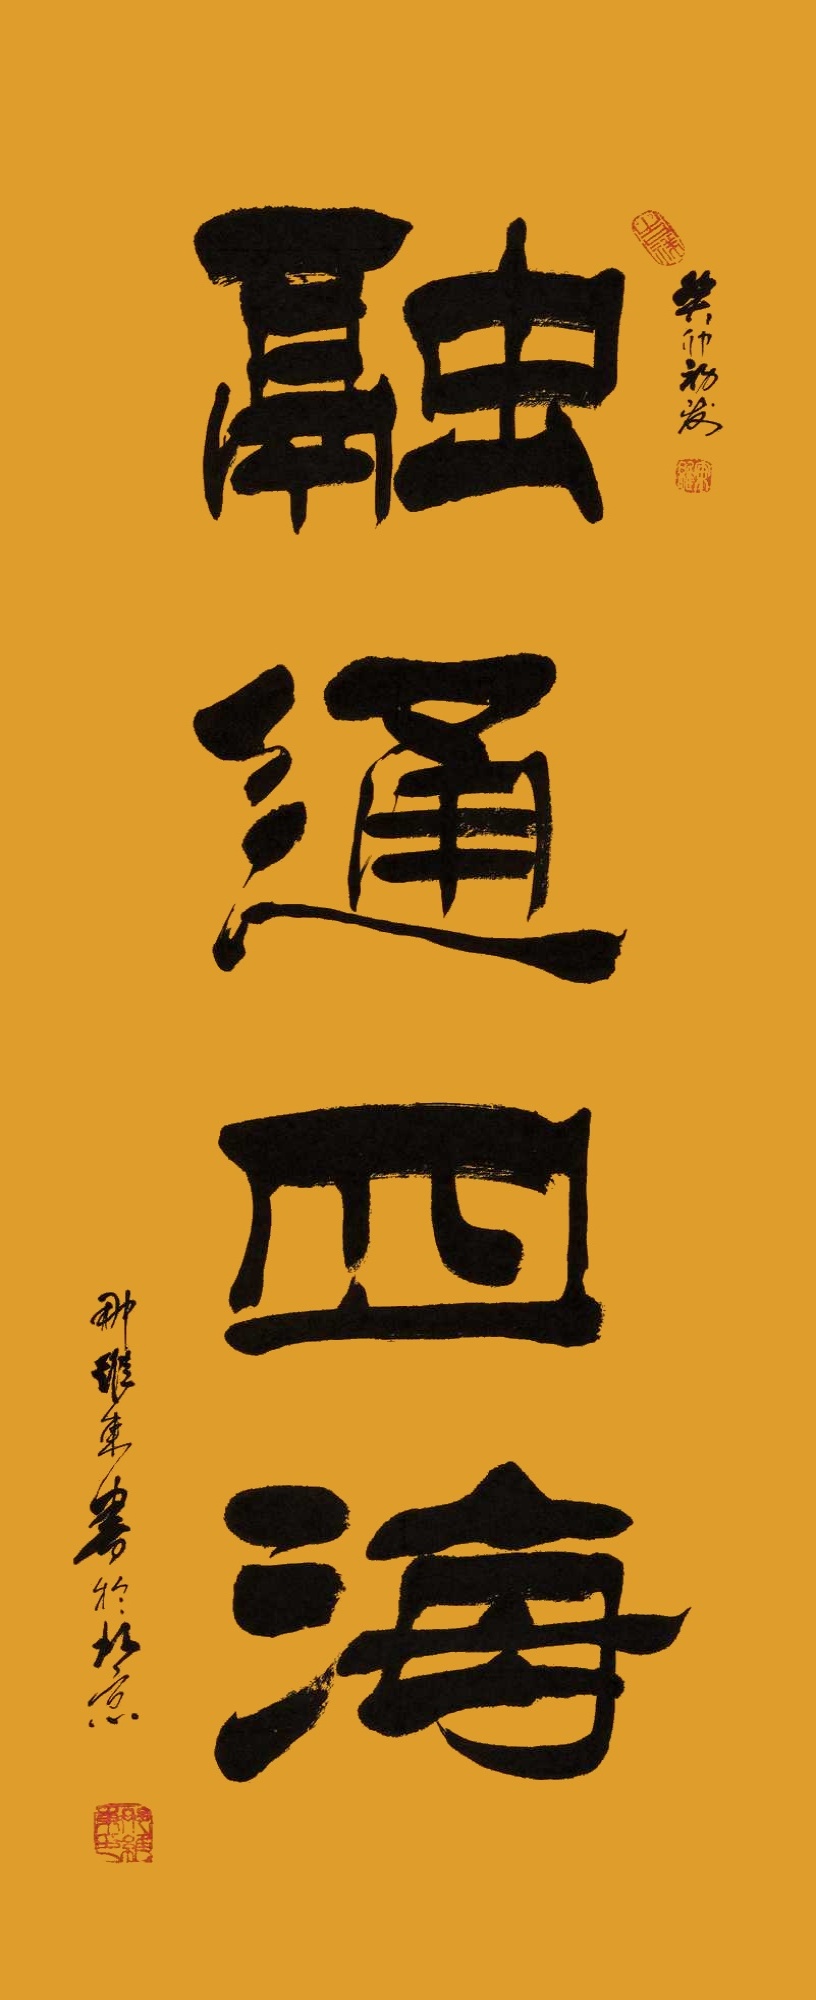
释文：融通四海癸卯初夏，那维东书于北京。